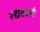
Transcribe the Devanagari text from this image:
रखतबनी